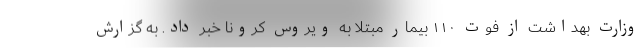
وزارت بهداشت از فوت ۱۱۰ بیمار مبتلا به ویروس کرونا خبر داد. به گزارش